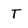
Character: T